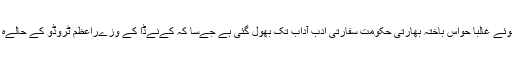
سکھوں سے نبردآزما ہوتے ہوئے غالباً حواس باختہ بھارتی حکومت سفارتی ادب آداب تک بھول گئی ہے جےسا کہ کےنےڈا کے وزےراعظم ٹروڈو کے حالےہ دورہ ِبھارت سے عےاں ہے۔